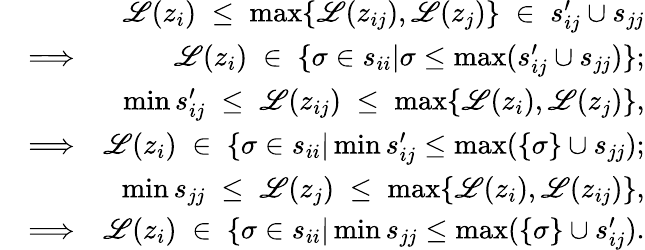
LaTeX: \begin{array}{rlr}&{}&{\mathscr{L}(z_{i})\; \le\; \operatorname*{max}\{ \mathscr{L}(z_{ij}),\mathscr{L}(z_{j})\} \; \in\; s_{ij}^{\prime}\cup s_{jj}}\\ &{\Longrightarrow}&{\mathscr{L}(z_{i})\; \in\; \{ \sigma\in s_{ii}|\sigma\leq\operatorname*{max}(s_{ij}^{\prime}\cup s_{jj})\} ;}\\ &{}&{\operatorname*{min}s_{ij}^{\prime}\; \le\; \mathscr{L}(z_{ij})\; \le\; \operatorname*{max}\{ \mathscr{L}(z_{i}),\mathscr{L}(z_{j})\} ,}\\ &{\Longrightarrow}&{\mathscr{L}(z_{i})\; \in\; \{ \sigma\in s_{ii}|\operatorname*{min}s_{ij}^{\prime}\le\operatorname*{max}(\{ \sigma\} \cup s_{jj});}\\ &{}&{\operatorname*{min}s_{jj}\; \le\; \mathscr{L}(z_{j})\; \le\; \operatorname*{max}\{ \mathscr{L}(z_{i}),\mathscr{L}(z_{ij})\} ,}\\ &{\Longrightarrow}&{\mathscr{L}(z_{i})\; \in\; \{ \sigma\in s_{ii}|\operatorname*{min}s_{jj}\le\operatorname*{max}(\{ \sigma\} \cup s_{ij}^{\prime}).}\end{array}